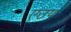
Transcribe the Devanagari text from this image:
एउप